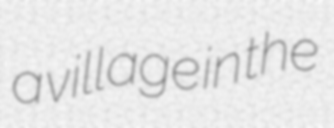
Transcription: a village in the